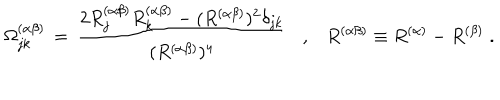
LaTeX: \Omega _ { j k } ^ { ( \alpha \beta ) } \, = \, \frac { 2 R _ { j } ^ { ( \alpha \beta ) } R _ { k } ^ { ( \alpha \beta ) } - ( R ^ { ( \alpha \beta ) } ) ^ { 2 } \delta _ { j k } } { ( R ^ { ( \alpha \beta ) } ) ^ { 4 } } , R ^ { ( \alpha \beta ) } \equiv R ^ { ( \alpha ) } - R ^ { ( \beta ) } \; .